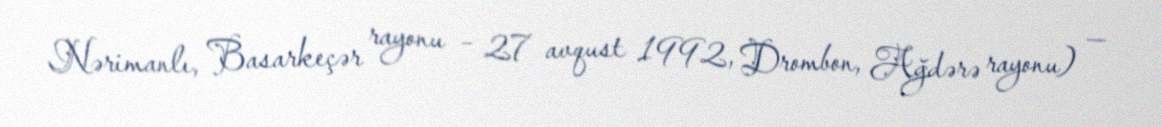
Nərimanlı, Basarkeçər rayonu – 27 avqust 1992, Drombon, Ağdərə rayonu) —